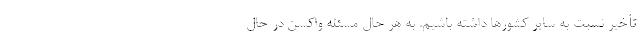
تأخیر نسبت به سایر کشورها داشته باشیم. به هر حال مسئله واکسن در حال